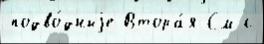
подво́дныjе Втора́я См с